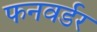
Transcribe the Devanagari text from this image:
फनवर्डर